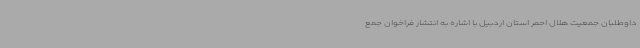
داوطلبان جمعیت هلال احمر استان اردبیل با اشاره به انتشار فراخوان جمع